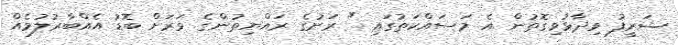
ޝަރީފު ވިދާޅުވިގޮތުން އެ މަސައްކަތުގައި " ރަށުގެ ރައްޔިތުންގެ ވަރަށް ބޮޑު އެއްބާރުލުމެއް